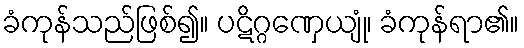
ခံကုန်သည်ဖြစ်၍။ ပဋိဂ္ဂဏှေယျုံ၊ ခံကုန်ရာ၏။